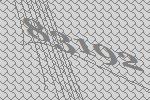
83192